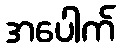
အပေါက်